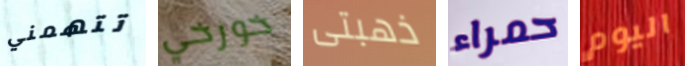
تتهمني خورخي ذهبتى حمراء اليوم